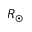
R _ { \odot }